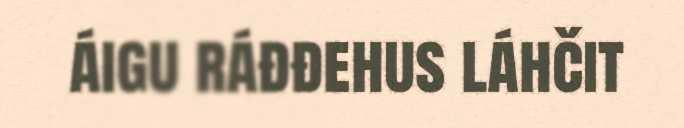
áigu ráđđehus láhčit